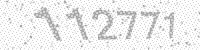
Solution: 112771